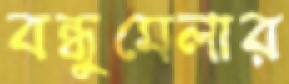
বন্ধুমেলার